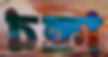
চক্রা